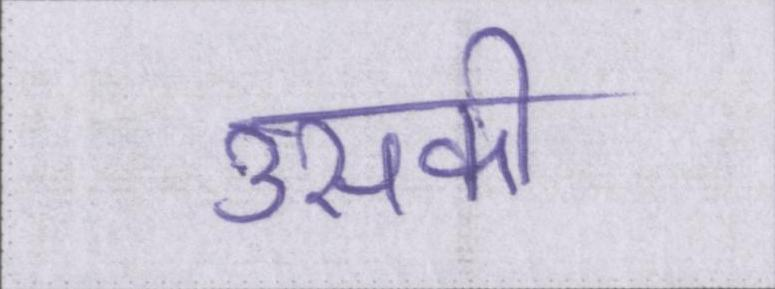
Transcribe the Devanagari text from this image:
उसकी